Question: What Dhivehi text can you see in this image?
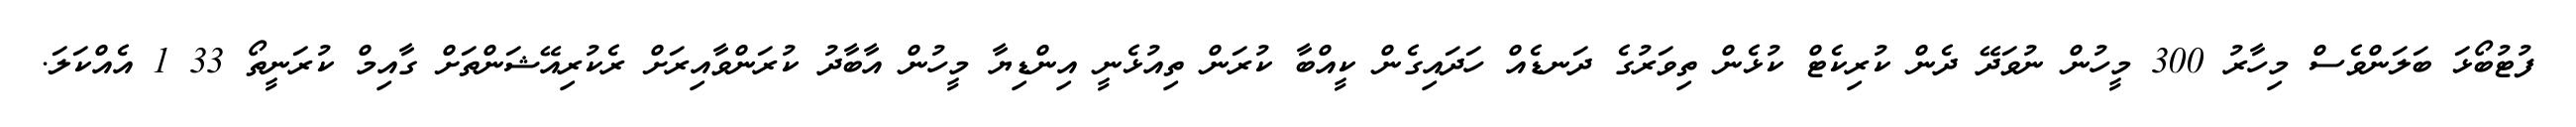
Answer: ފުޓުބޯޅަ ބަލަންވެސް މިހާރު 300 މީހުން ނުވަދޭ ދެން ކުރިކެޓް ކުޅެން ތިވަރުގެ ދަނޑެއް ހަދައިގެން ކީއްބާ ކުރަން ތިއުޅެނީ އިންޑިޔާ މީހުން އާބާދު ކުރަންވާއިރަށް ރެކުރިއޭޝަންތަށް ގާއިމް ކުރަނީތޯ 33 1 އެއްކަލަ.